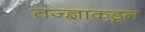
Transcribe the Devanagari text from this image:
तज्‍ज्ञाकडून